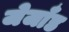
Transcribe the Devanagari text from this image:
जेजाँड